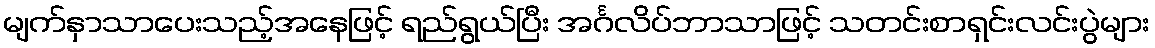
မျက်နှာသာပေးသည့်အနေဖြင့် ရည်ရွယ်ပြီး အင်္ဂလိပ်ဘာသာဖြင့် သတင်းစာရှင်းလင်းပွဲများ